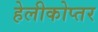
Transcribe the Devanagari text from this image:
हेलीकोप्तर